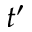
t ^ { \prime }